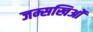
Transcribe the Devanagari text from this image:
जम्सखिओं